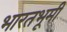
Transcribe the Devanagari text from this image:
भारतभूमी